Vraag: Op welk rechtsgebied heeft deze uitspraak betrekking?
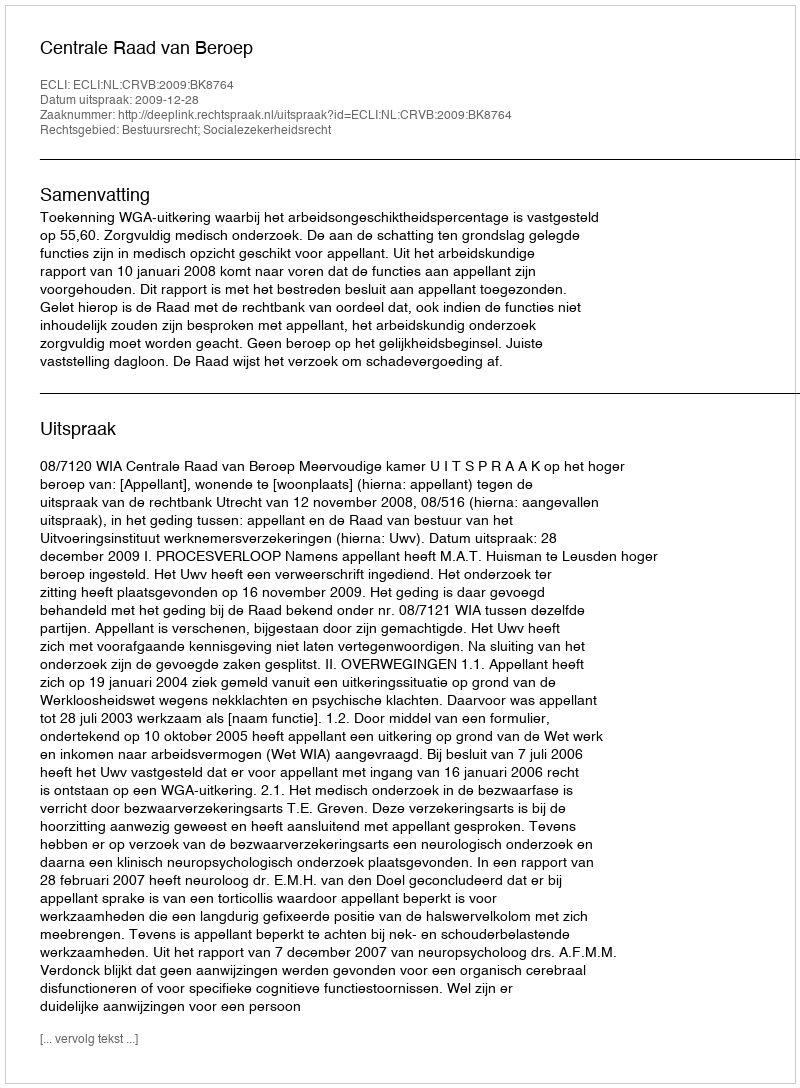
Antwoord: Bestuursrecht; Socialezekerheidsrecht